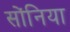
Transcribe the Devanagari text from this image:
सोंनिया